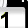
Digit: 1